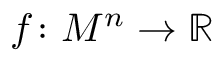
f \colon M ^ { n } \rightarrow \mathbb { R }